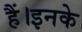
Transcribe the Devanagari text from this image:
हैं।इनके